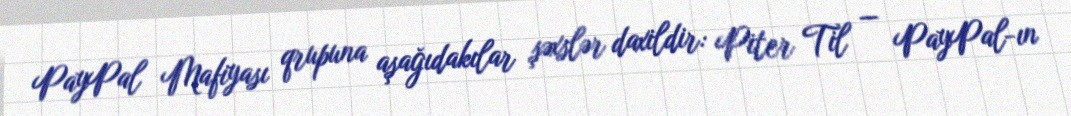
PayPal Mafiyası qrupuna aşağıdakılar şəxslər daxildir: Piter Til — PayPal-ın